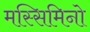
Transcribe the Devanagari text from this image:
मस्सिमिनो